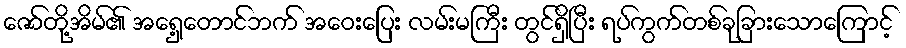
ဇော်တို့အိမ်၏ အရှေ့တောင်ဘက် အဝေးပြေး လမ်းမကြီး တွင်ရှိပြီး ရပ်ကွက်တစ်ခုခြားသောကြောင့်